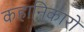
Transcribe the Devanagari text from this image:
कहानिकारों